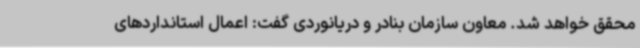
محقق خواهد شد. معاون سازمان بنادر و دریانوردی گفت: اعمال استانداردهای